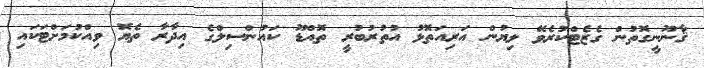
ޤާނޫނީގޮތުން ގެޒެޓްކުރެވޭ ލިޔުން އަރިއަތޮޅު އުތުރުބުރީ ތޮއްޑޫ ކައުންސިލްގެ އިދާރާ ތެޔޮ ވިއްކުމަށްޓަކައި